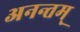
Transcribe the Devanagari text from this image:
अनन्तम्